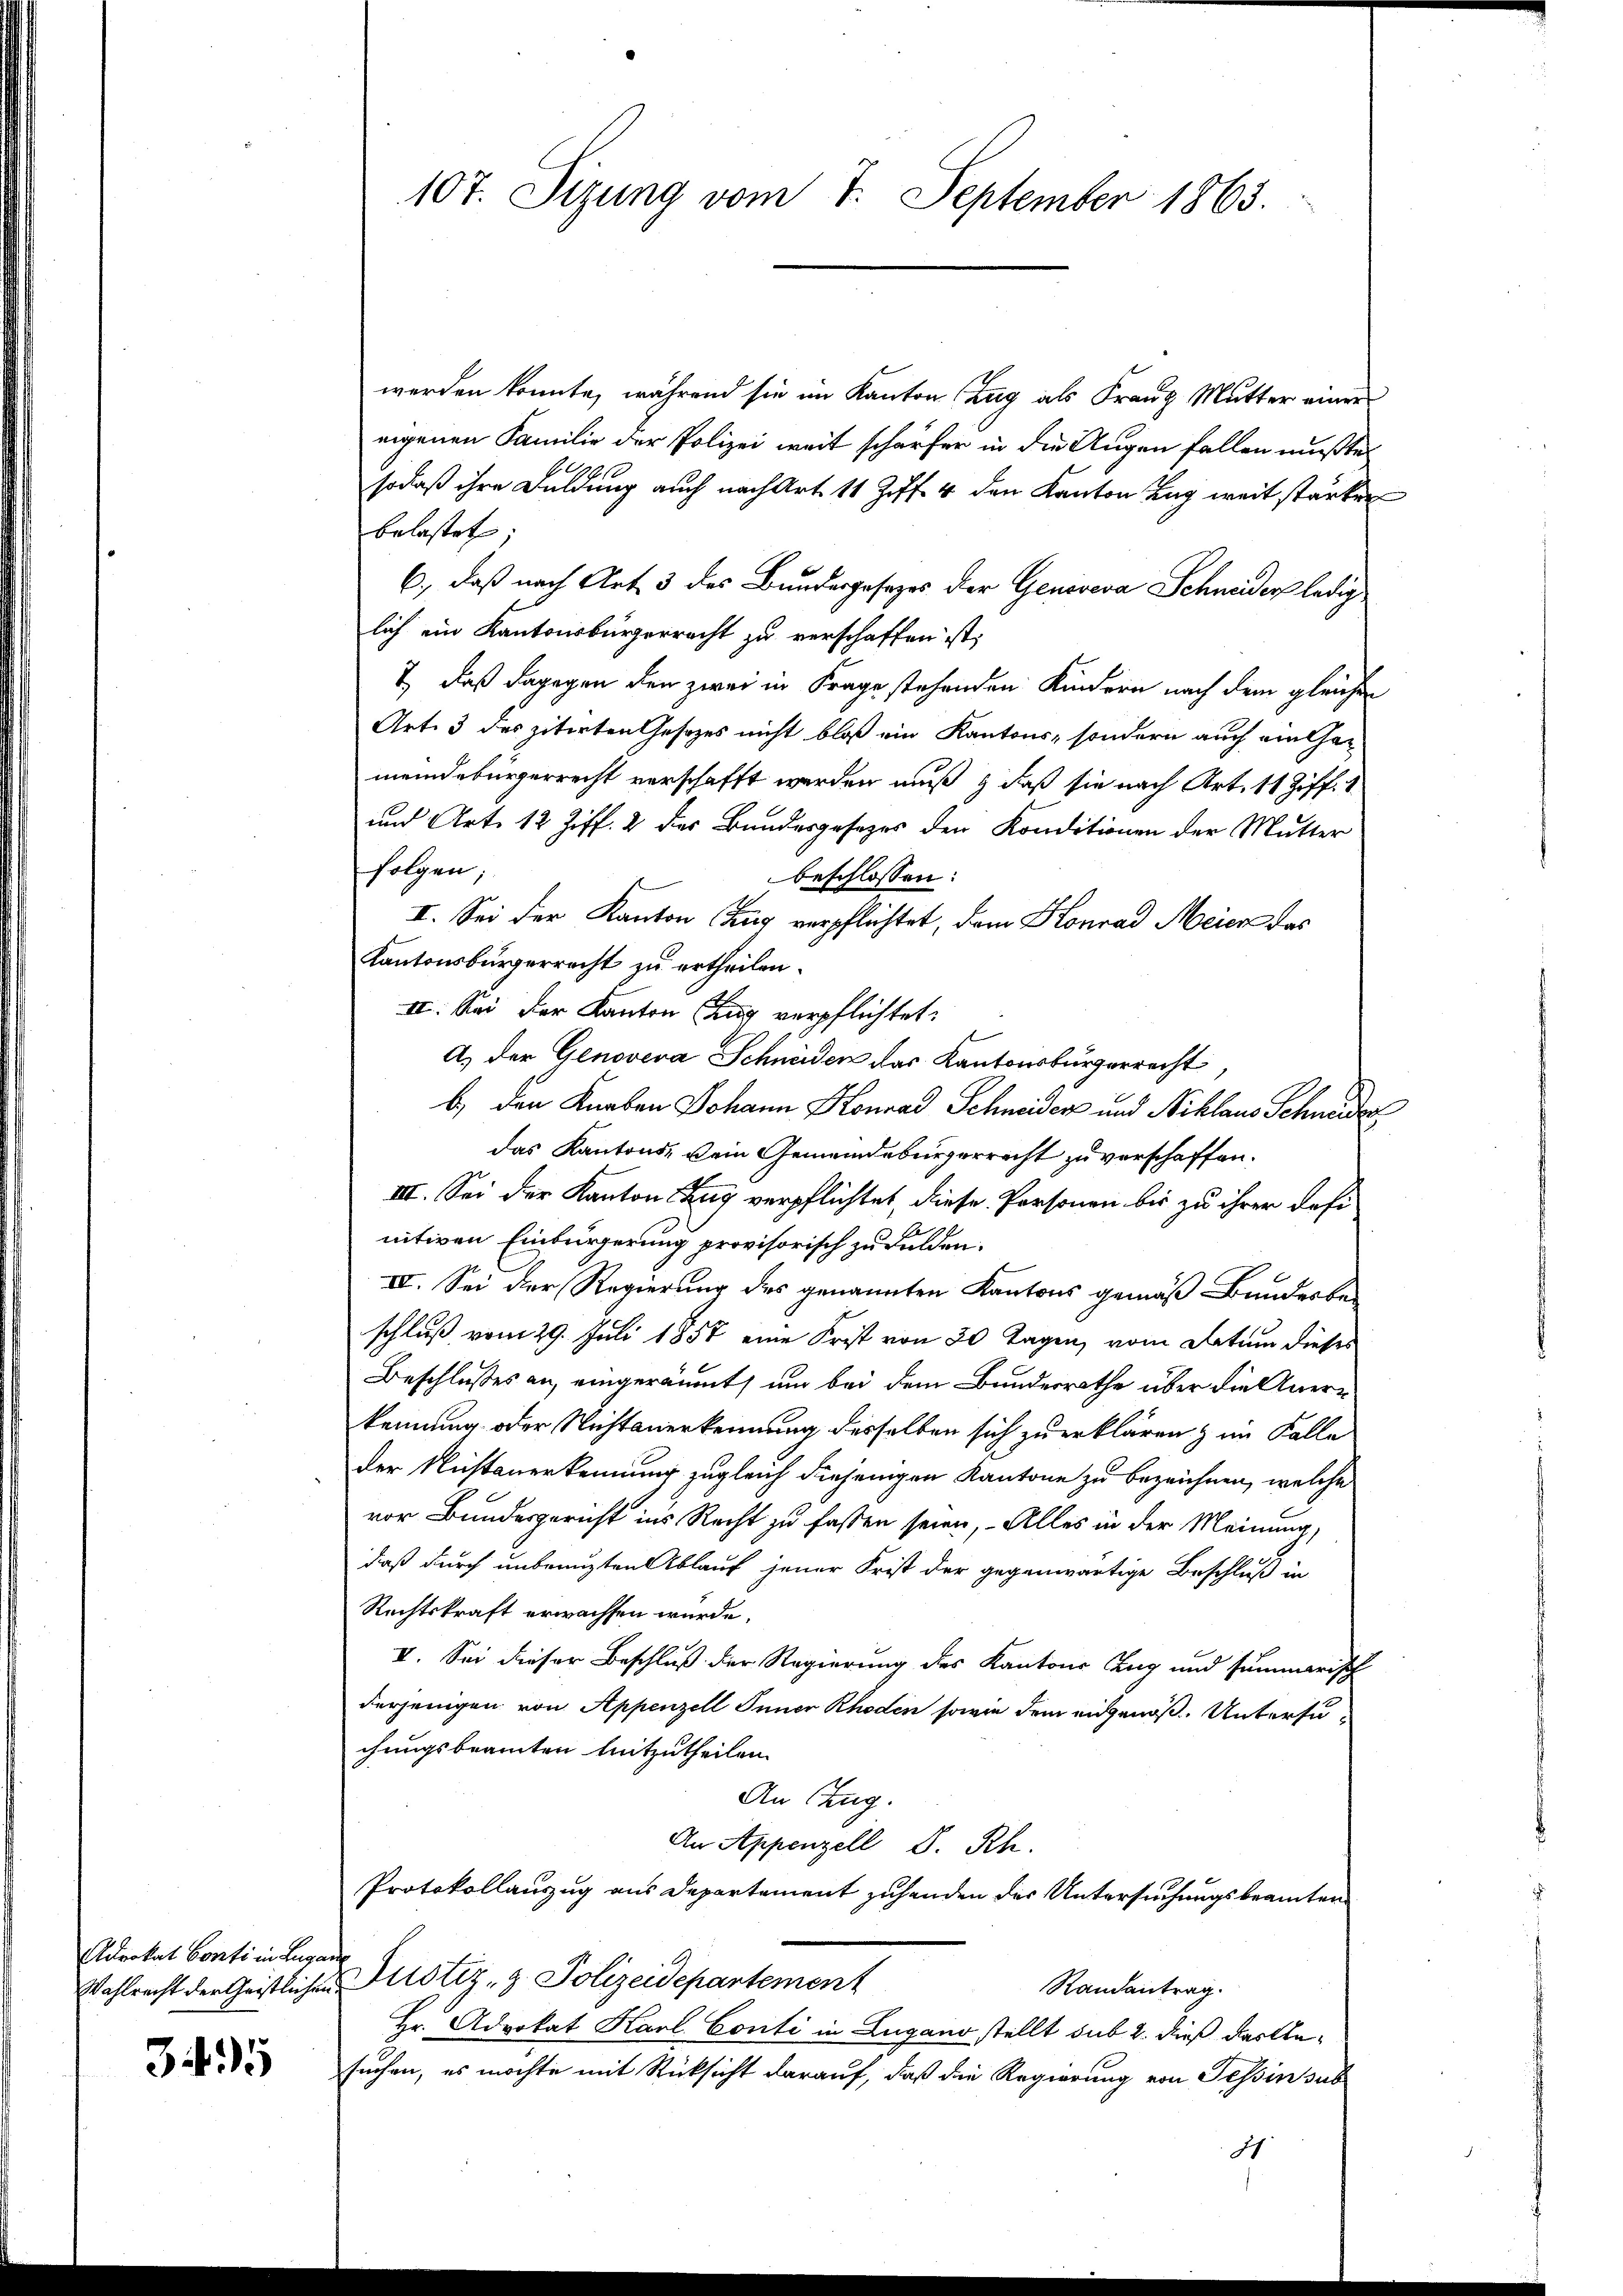
Adrokat Conti in Luga
Wahlrecht der Geistlichen.

345

werden könnte, während sie im Kanton Zug als Franz Mutter einer
eigenen Familie der Polizei weit schärfer in die Augen fallen mußte,
sodaß ihre Duldung auch nach Art. 11 Ziff. 4 den Kanton Zug weit stärker
belastet;
6., daß nach Art 3 des Bundesgesezes der Genoveva Schneider ledig
lich ein Kantonsbürgerrecht zu verschaffen ist,
7, daß dagegen den zwei in Frage stehenden Kindern nach dem gleichen
Art. 3 des zitirten Gesetzes nicht bloß ein Kantons, sondern auch ein Gemeindebürgerrecht verschafft werden muß & daß sie nach Art. 11 Ziff. 1
und Art. 12 Ziff. 2 des Bundesgesezes den Konditionen der Mutter
folgen;
beschlossen:
II. Sei der Kanton Zug verpflichtet, dem Konrad Meier das
Kantonsbürgerrecht zu ertheilen.
II. Sei der Kanton Zug verpflichtet:
A.) Der Genoveva Schneiden das Kantonsbürgerrecht,
b.) den Knaben Johann Konrad Schneider und Niklaus Schneider
das Kantons Dein Gemeindebürgerrecht zu verschaffen.
III. Sei der Kanton Zug verpflichtet, diese Personen bis zu ihrer definitiven Einbürgerung provisorisch zu Fulden.
IV. Sei der Regierung des genannten Kantons gemäß Bundesbe-
schluß vom 29. Juli 1857 eine Frist von 30 Tagen, vom Datum dieses
Beschlusses an eingeräumt, um bei dem Bundesrathe über die Anerkennung oder Nichtanerkennung desselben sich zu erklären & im Falle
der Nichtanerkennung zugleich diejenigen Kantone zu bezeichnen, welche
vor Bundesgericht ins Recht zu fassen seien, – Alles in der Meinung,
daß durch unbrauzten Ablauf jener Frist der gegenwärtige Beschluß in
Rechtskraft erwachsen wurde.
VI. Sei dieser Beschluß der Regierung des Kantons Tag und summarisch
derjenigen von Appenzell Appenzell sowie dem eidgenöß- Untersuchungsbeamten mitzutheilen.
An Zug.
An Appenzell S. Rh.
Protokollauszug aus Departement zuhanden der Untersuchungsbeamten
t
Justiz- & Polizeidepartement
Randantrag.
Hr. Advokat Karl Conti in Lugano stellt sub 2. dieß dartesuchen, es möchte mit Rücksicht darauf, daß die Regierung von Tessin sub
J

107. Sizung vom 7. September 1863.